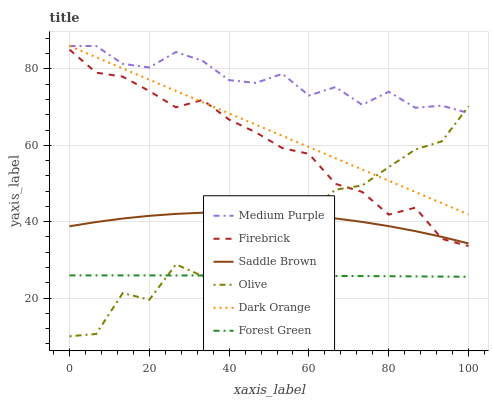
| xaxis_label | Medium Purple | Firebrick | Saddle Brown | Olive | Dark Orange | Forest Green |
 | --- | --- | --- | --- | --- | --- | --- |
 | 0 | 86 | 85.1 | 38.8 | 10 | 86 | 25.9 |
 | 6.67 | 86 | 79 | 39.9 | 10.6 | 83.1 | 25.9 |
 | 13.3 | 81.3 | 78 | 40.8 | 21.3 | 80.1 | 25.9 |
 | 20 | 80.4 | 74.2 | 41.5 | 19.6 | 77.2 | 25.9 |
 | 26.7 | 84.4 | 69.9 | 42 | 28.8 | 74.2 | 25.9 |
 | 33.3 | 82.1 | 71.9 | 42.3 | 25.8 | 71.3 | 25.9 |
 | 40 | 77.1 | 66.7 | 42.5 | 34.8 | 68.4 | 25.9 |
 | 46.7 | 76.3 | 63.4 | 42.4 | 36.7 | 65.4 | 25.9 |
 | 53.3 | 78.7 | 59.3 | 42.1 | 38.8 | 62.5 | 25.8 |
 | 60 | 73 | 57.8 | 41.6 | 42.8 | 59.5 | 25.8 |
 | 66.7 | 75.3 | 49.9 | 40.8 | 48.4 | 56.6 | 25.8 |
 | 73.3 | 70.6 | 47.8 | 39.9 | 49.5 | 53.7 | 25.8 |
 | 80 | 74 | 41.8 | 38.8 | 54.3 | 50.7 | 25.7 |
 | 86.7 | 69.8 | 43.7 | 37.5 | 58.9 | 47.8 | 25.7 |
 | 93.3 | 70.4 | 35.5 | 36 | 61 | 44.8 | 25.6 |
 | 100 | 68.4 | 33.6 | 34.3 | 70.2 | 41.9 | 25.6 |